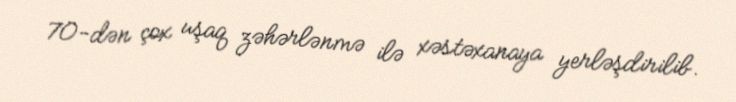
70-dən çox uşaq zəhərlənmə ilə xəstəxanaya yerləşdirilib.